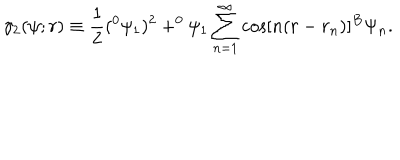
LaTeX: \gamma _ { 2 } ( \psi ; r ) \equiv \frac 1 2 ( ^ { 0 } \psi _ { 1 } ) ^ { 2 } + ^ { 0 } \psi _ { 1 } \sum _ { n = 1 } ^ { \infty } \cos [ n ( r - r _ { n } ) ] ^ { B } \Psi _ { n } .